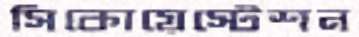
সিকোয়েস্টেশন